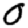
Digit: 0